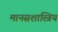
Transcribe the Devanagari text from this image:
मानसशास्त्रिय